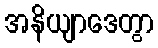
အနိယျာဒေတွာ